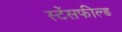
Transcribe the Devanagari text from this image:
स्टेंसफील्ड